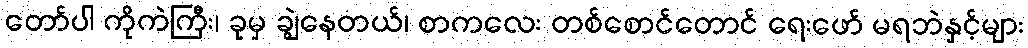
တော်ပါ ကိုကဲကြီး၊ ခုမှ ချွဲနေတယ်၊ စာကလေး တစ်စောင်တောင် ရေးဖော် မရဘဲနှင့်များ